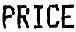
PRICE